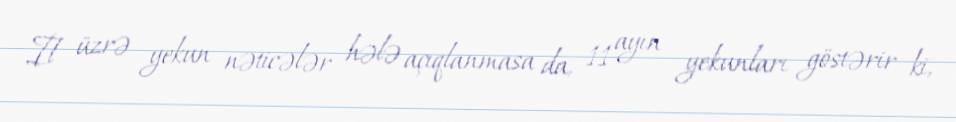
İl üzrə yekun nəticələr hələ açıqlanmasa da, 11 ayın yekunları göstərir ki,